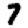
Digit: 7